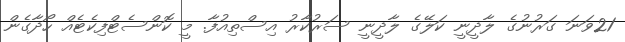
21ވަަނަ ގަރުނުގެ ލާދީނީ ކަލޭގެ ލާދީނީ ސަރުކާރު އިސްތިއުފާ. މީ ކޮންސެޓްފިކެޓެއް ހޯދާގެން